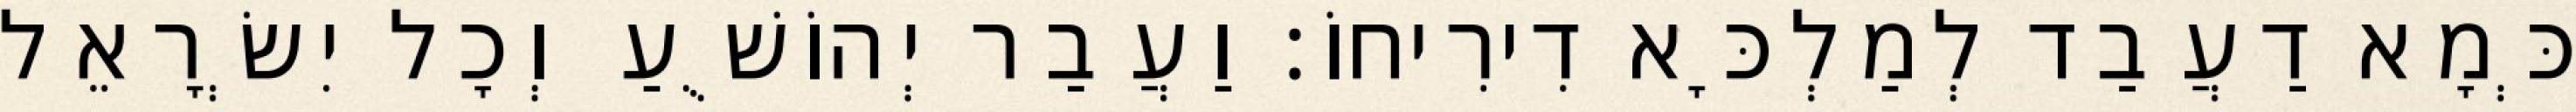
כְּמָא דַעֲבַד לְמַלְכָּא דִירִיחוֹ׃ וַעֲבַר יְהוֹשֻׁעַ וְכָל יִשְׂרָאֵל